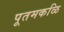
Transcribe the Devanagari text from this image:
पूतमकळि